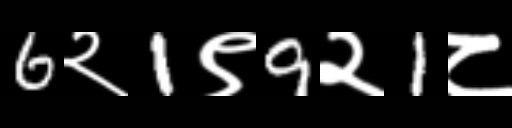
Text: 6२1९9२1८